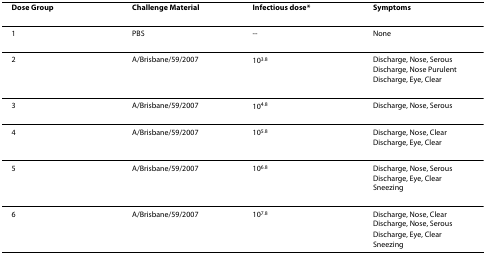
<table><thead><tr><td><b>Dose Group</b></td><td><b>Challenge Material</b></td><td><b>Infectious dose*</b></td><td><b>Symptoms</b></td></tr></thead><tbody><tr><td>1</td><td>PBS</td><td>--</td><td>None</td></tr><tr><td>2</td><td>A/Brisbane/59/2007</td><td>10<sup>3.8</sup></td><td>Discharge, Nose, SerousDischarge, Nose PurulentDischarge, Eye, Clear</td></tr><tr><td>3</td><td>A/Brisbane/59/2007</td><td>10<sup>4.8</sup></td><td>Discharge, Nose, Serous</td></tr><tr><td>4</td><td>A/Brisbane/59/2007</td><td>10<sup>5.8</sup></td><td>Discharge, Nose, ClearDischarge, Eye, Clear</td></tr><tr><td>5</td><td>A/Brisbane/59/2007</td><td>10<sup>6.8</sup></td><td>Discharge, Nose, SerousDischarge, Eye, ClearSneezing</td></tr><tr><td>6</td><td>A/Brisbane/59/2007</td><td>10<sup>7.8</sup></td><td>Discharge, Nose, ClearDischarge, Nose, SerousDischarge, Eye, ClearSneezing</td></tr></tbody></table>